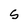
Character: S